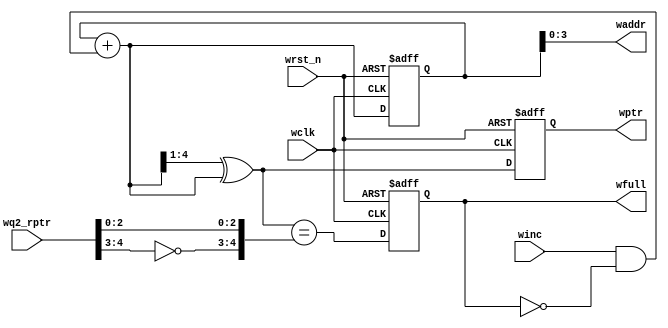
module wptr_full #(parameter ADDRSIZE = 4)
(output reg wfull,
output [ADDRSIZE-1:0] waddr,
output reg [ADDRSIZE :0] wptr,
input [ADDRSIZE :0] wq2_rptr,
input winc, wclk, wrst_n);
reg [ADDRSIZE:0] wbin;
wire [ADDRSIZE:0] wgraynext, wbinnext;

   // Gray code generation 
   
always @(posedge wclk or negedge wrst_n)
if (!wrst_n) {wbin, wptr} <= 0;
else {wbin, wptr} <= {wbinnext, wgraynext};

assign waddr = wbin[ADDRSIZE-1:0];
assign wbinnext = wbin + (winc & ~wfull);
assign wgraynext = (wbinnext>>1) ^ wbinnext;

assign wfull_val = (wgraynext=={~wq2_rptr[ADDRSIZE:ADDRSIZE-1],wq2_rptr[ADDRSIZE-2:0]});

always @(posedge wclk or negedge wrst_n)  // fifo full logic
if (!wrst_n) wfull <= 1'b0;
else wfull <= wfull_val;
endmodule